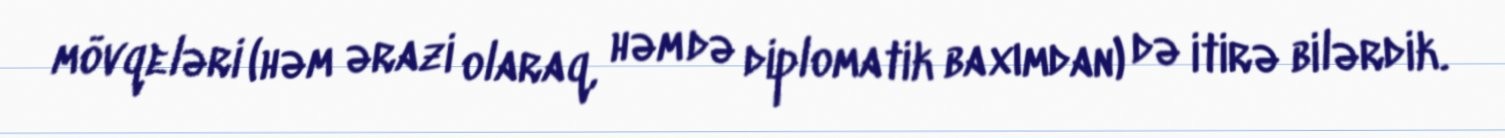
mövqeləri (həm ərazi olaraq, həm də diplomatik baxımdan) də itirə bilərdik.